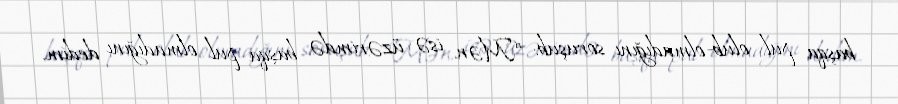
başqa pul olub-olmadığını soruşub: “Mən isə üzərimdə başqa pul olmadığını dedim.